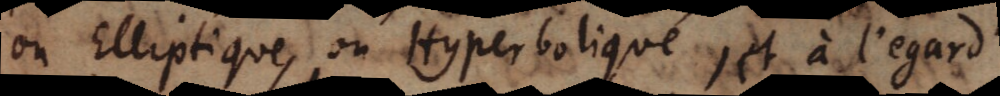
ou Elliptique, ou Hyperboliqué, et à l’egard